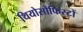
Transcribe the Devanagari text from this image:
थियोसोफिस्टों